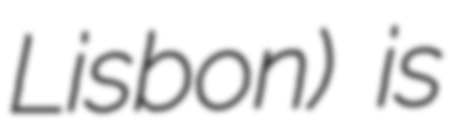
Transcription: Lisbon) is